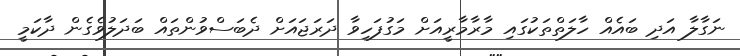
ނަގާލާ އަދި ބައެއް ހާލަތްތަކުގައި މާރާމާރީއަށް މަގުފަހިވާ ދަރަޖައަށް ދެބަސްވުންތައް ބަދަލުވެގެން ދާކަމީ